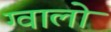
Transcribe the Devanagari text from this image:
ग्‍वालो